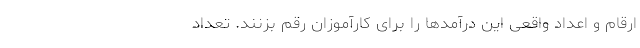
ارقام و اعداد واقعی این درآمدها را برای کارآموزان رقم بزنند. تعداد